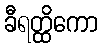
ခီရတ္ထိကော